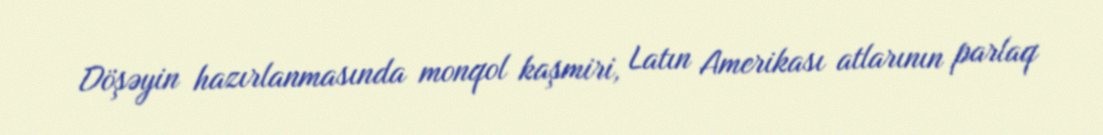
Döşəyin hazırlanmasında monqol kaşmiri, Latın Amerikası atlarının parlaq